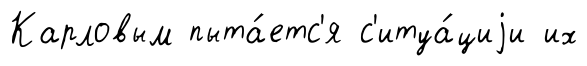
Карловым пыта́етс'я с'итуа́циjи их